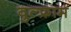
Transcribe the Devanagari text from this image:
वुल्फ्राम